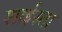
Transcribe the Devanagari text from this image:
शाईस्ता